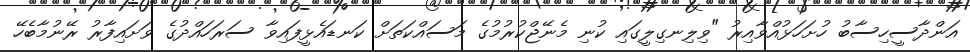
އަންދާސީހިސާބު ހުށަހަޅުއްވާއިރު "ވިލިނގިލީގައި ކުނި މެނޭޖްކުރުމުގެ މަސައްކަތަށް ކަނޑައެޅީފައިވާ ސަރަހައްދުގެ ވަށައިފާރު ރޭނުމާބެހޭ